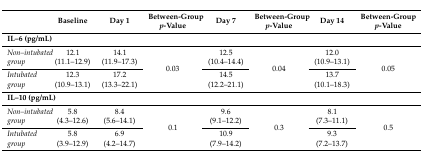
<table><thead><tr><td></td><td><b>Baseline</b></td><td><b>Day 1</b></td><td><b>Between-Group <i>p</i>-Value</b></td><td><b>Day 7</b></td><td><b>Between-Group <i>p</i>-Value</b></td><td><b>Day 14</b></td><td><b>Between-Group <i>p</i>-Value</b></td></tr></thead><tbody><tr><td colspan="8"><b>IL–6 (pg/mL)</b></td></tr><tr><td><i>Non–intubated group</i></td><td>12.1 (11.1–12.9)</td><td>14.1 (11.9–17.3)</td><td rowspan="2">0.03</td><td>12.5 (10.4–14.4)</td><td rowspan="2">0.04</td><td>12.0 (10.9–13.1)</td><td rowspan="2">0.05</td></tr><tr><td><i>Intubated group</i></td><td>12.3 (10.9–13.1)</td><td>17.2 (13.3–22.1)</td><td>14.5 (12.2–21.1)</td><td>13.7 (10.1–18.3)</td></tr><tr><td colspan="8"><b>IL–10 (pg/mL)</b></td></tr><tr><td><i>Non–intubated group</i></td><td>5.8 (4.3–12.6)</td><td>8.4 (5.6–14.1)</td><td rowspan="2">0.1</td><td>9.6 (9.1–12.2)</td><td rowspan="2">0.3</td><td>8.1 (7.3–11.1)</td><td rowspan="2">0.5</td></tr><tr><td><i>Intubated group</i></td><td>5.8 (3.9–12.9)</td><td>6.9 (4.2–14.7)</td><td>10.9 (7.9–14.2)</td><td>9.3 (7.2–13.7)</td></tr></tbody></table>